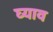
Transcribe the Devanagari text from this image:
घ्याव